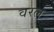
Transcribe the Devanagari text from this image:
वरल